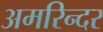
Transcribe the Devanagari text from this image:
अमरिन्दर